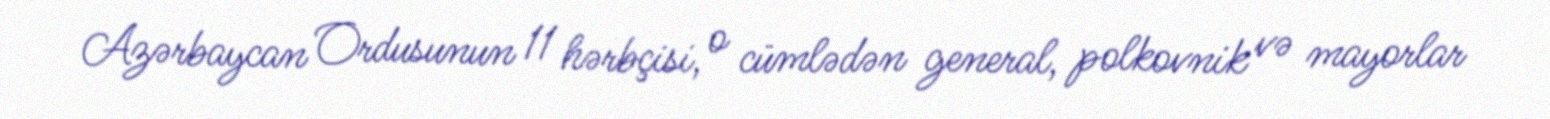
Azərbaycan Ordusunun 11 hərbçisi, o cümlədən general, polkovnik və mayorlar